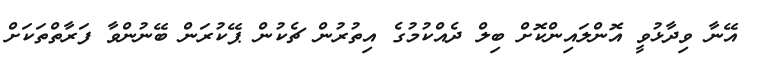
އޭނާ ވިދާޅުވީ އޮންލައިންކޮށް ބިލް ދެއްކުމުގެ އިތުރުން ޗެކުން ޕޭކުރަން ބޭނުންވާ ފަރާތްތަކަށް